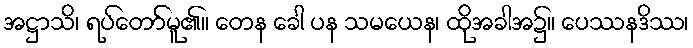
အဋ္ဌာသိ၊ ရပ်တော်မူ၏။ တေန ခေါ ပန သမယေန၊ ထိုအခါအ၌။ ပေဿနဒိဿ၊